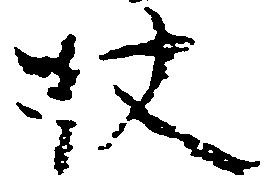
杖